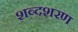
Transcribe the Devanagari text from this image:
शब्दशरण